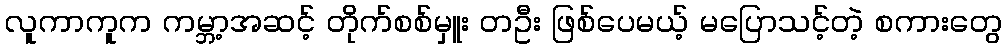
လူကာကူက ကမ္ဘာ့အဆင့် တိုက်စစ်မှူး တဦး ဖြစ်ပေမယ့် မပြောသင့်တဲ့ စကားတွေ